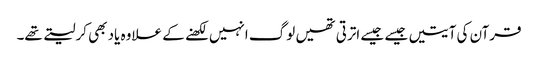
قرآن کی آیتیں جیسے جیسے اترتی تھیں لوگ انہیں لکھنے کے علاوہ یاد بھی کرلیتے تھے۔